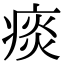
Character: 痰